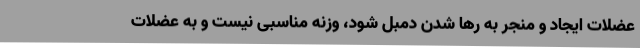
عضلات ایجاد و منجر به رها شدن دمبل شود، وزنه مناسبی نیست و به عضلات